Annual administration report of the Civil Veterinary Department of India - 1898-1899
Year: 1898
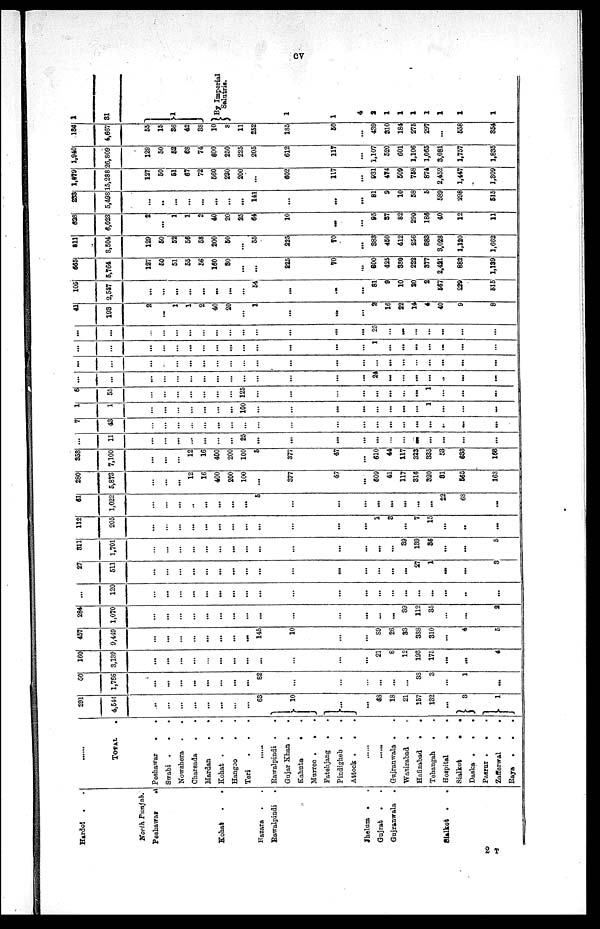
cv
Hardol . .
North Punjab.
Peshawar
.
Kohat . .
Hazara . .
Rawalpindi .
Jhelum . .
Gujrat
. .
Gujranwala .
Slalkot . .
TOTAL
.
Peshawar
.
.
Swabi . . .
Nowshera . .
Charsada . .
Mardan
.
.
Kohat . . .
Hangoo .
Teri . . .
Rawalpindi . .
Gujar Khan . .
Kahuta . .
Murree . . .
Fatehjang
.
Pindigheb .
.
Attcock .
.
.
......
......
Gujranwala . .
Wazirabad . .
Hafizabad
.
.
Tehangah . .
Hospital
.
.
Sialkot
.
.
Daska .
.
.
Pasrur .
. .
Zafferwal
.
.
Raya . . .
291
4,544
...
...
...
...
......
...
...
...
63
10
...
...
38
18
21
157
132
...
3
1
60
1,766
...
...
...
...
...
...
...
...
82
...
...
...
...
...
...
38
3
...
1
...
160
3,139
...
...
...
...
...
...
...
...
...
...
...
...
21
6
12
193
175
...
...
4
457
9,449
...
...
...
...
...
...
...
...
145
10
...
...
89
26
33
388
310
...
4
5
284
1,070
...
...
...
...
...
...
...
...
...
...
...
...
...
...
89
112
35
...
...
2
...
120
...
...
...
...
...
...
...
...
...
...
...
...
...
...
...
...
...
...
...
...
27
511
...
...
...
...
...
...
...
...
...
...
...
...
...
...
...
27
1
...
...
3
811
1,701
...
...
...
...
...
...
...
...
...
...
...
...
...
...
39
139
86
...
...
5
112
205
...
...
...
...
...
...
...
...
...
...
...
...
1
3
...
7
15
...
..
...
61
1,022
...
...
...
..
...
...
...
...
5
...
...
...
...
...
...
...
...
22
68
...
280
5,873
...
...
...
12
16
400
200
100
...
377
47
...
609
41
117
816
320
81
565
163
358
7,100
...
...
...
12
16
400
200
100
5
377
47
...
610
44
117
323
335
53
638
166
...
11
...
...
...
...
...
...
...
25
...
...
...
...
...
...
...
...
...
...
...
...
7
43
...
...
...
...
...
...
...
...
...
...
...
...
...
...
...
...
...
...
...
...
1
1
...
...
...
...
...
...
...
100
...
...
...
...
...
...
...
...
1
...
...
...
6
55
...
...
...
...
...
...
...
125
...
...
...
...
...
...
...
...
1
...
...
...
...
...
...
...
...
...
...
...
...
...
...
...
...
...
24
...
...
...
...
..
...
...
...
...
...
...
...
...
...
...
...
...
...
...
...
...
...
...
...
...
...
...
...
...
...
...
...
...
...
...
...
...
...
...
...
...
...
1
...
...
...
...
...
...
...
...
...
...
...
...
...
...
...
...
...
...
...
...
...
25
...
...
...
...
...
...
...
41
193
2
...
1
1
2
40
20
...
1
...
...
...
2
16
22
14
4
40
9
8
105
2,547
...
...
...
...
...
...
...
...
54
...
...
...
81
9
10
20
2
567
229
515
665
5,764
127
50
51
55
56
160
30
...
...
225
70
...
600
425
380
222
377
2,421
882
1,139
511
8,504
129
50
52
56
58
200
50
...
55
225
80
...
383
450
612
256
883
3,028
1,120
1,662
628
6,023
2
...
1
1
2
40
20
25
64
10
...
...
85
87
82
290
186
40
12
11
233
5,498
...
..
...
...
...
...
...
...
141
...
...
...
81
9
10
58
5
589
298
515
1,079
15,288
127
50
61
67
72
560
230
200
...
602
117
...
931
474
509
758
874
2,452
1,447
1,309
1,940
26,809
129
50
62
68
74
600
250
225
205
612
117
...
1,107
520
601
1,106
1,065
3,081
1,757
1,835
136
4,667
55
15
36
42
38
10
8
11
252
185
50
...
439
310
184
275
297
...
558
354
1
31
1
By Imperial
Salutris.
1
1
4
2
1
1
1
1
1
1
1
2 T